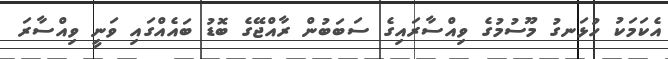
އެކަމަކު ހުޅަނގު މޫސުމުގެ ވިއްސާރައިގެ ސަބަބުން ރާއްޖޭގެ ބޮޑު ބައެއްގައި ވަނީ ވިއްސާރަ